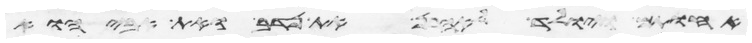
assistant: אחתם ויולד לאהרן את נדב ואת אביהוא